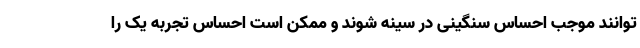
توانند موجب احساس سنگینی در سینه شوند و ممکن است احساس تجربه یک را